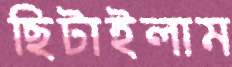
ছিটাইলাম